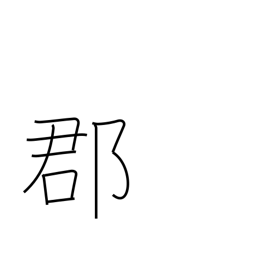
Meaning: county